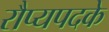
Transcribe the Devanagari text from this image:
रौप्यपदके